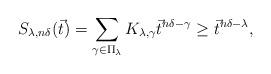
LaTeX: \begin{align*}S_{\lambda,n\delta}(\vec{t})=\sum_{\gamma\in\Pi_{\lambda}}K_{\lambda,\gamma}\vec{t}^{n\delta-\gamma}\geq\vec{t}^{n\delta-\lambda},\end{align*}